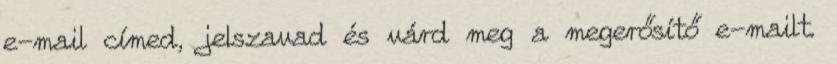
e-mail címed, jelszavad és várd meg a megerősítő e-mailt.